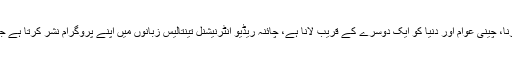
جس کا مقصد دنیا کو چین کے بارے میں آگاہ کرنا، چینی عوام اور دنیا کو ایک دوسرے کے قریب لانا ہے، چائنہ ریڈیو انٹرنیشنل تینتالیس زبانوں میں اپنے پروگرام نشر کرتا ہے جس میں ہماری پیاری اردو زبان سر فہرست ہے۔